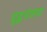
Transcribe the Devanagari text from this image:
युद्घतंत्राचा